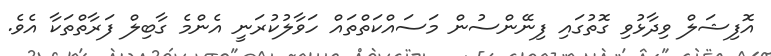
އޮފިޝަލް ވިދާޅުވި ގޮތުގައި ފިނޭންސުން މަސައްކަތްތައް ހަވާލުކުރަނީ އެންމެ ގާބިލް ފަރާތްތަކާ އެވެ.